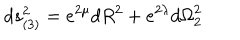
LaTeX: d s _ { ( 3 ) } ^ { 2 } = e ^ { 2 \mu } d R ^ { 2 } + e ^ { 2 \lambda } d { \Omega } _ { 2 } ^ { 2 }